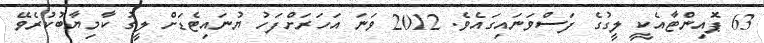
63 ޕޮއިންޓާއެކީ ލީގުގެ ފަސްވަނައިގައެވެ. 2012 ވަނަ އަހަރަށްފަހު ޔުނައިޓެޑަށް ލީގު ކާމިޔާބުކުރެވޭ